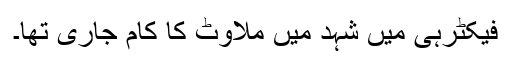
فیکٹرہی میں شہد میں ملاوٹ کا کام جاری تھا۔